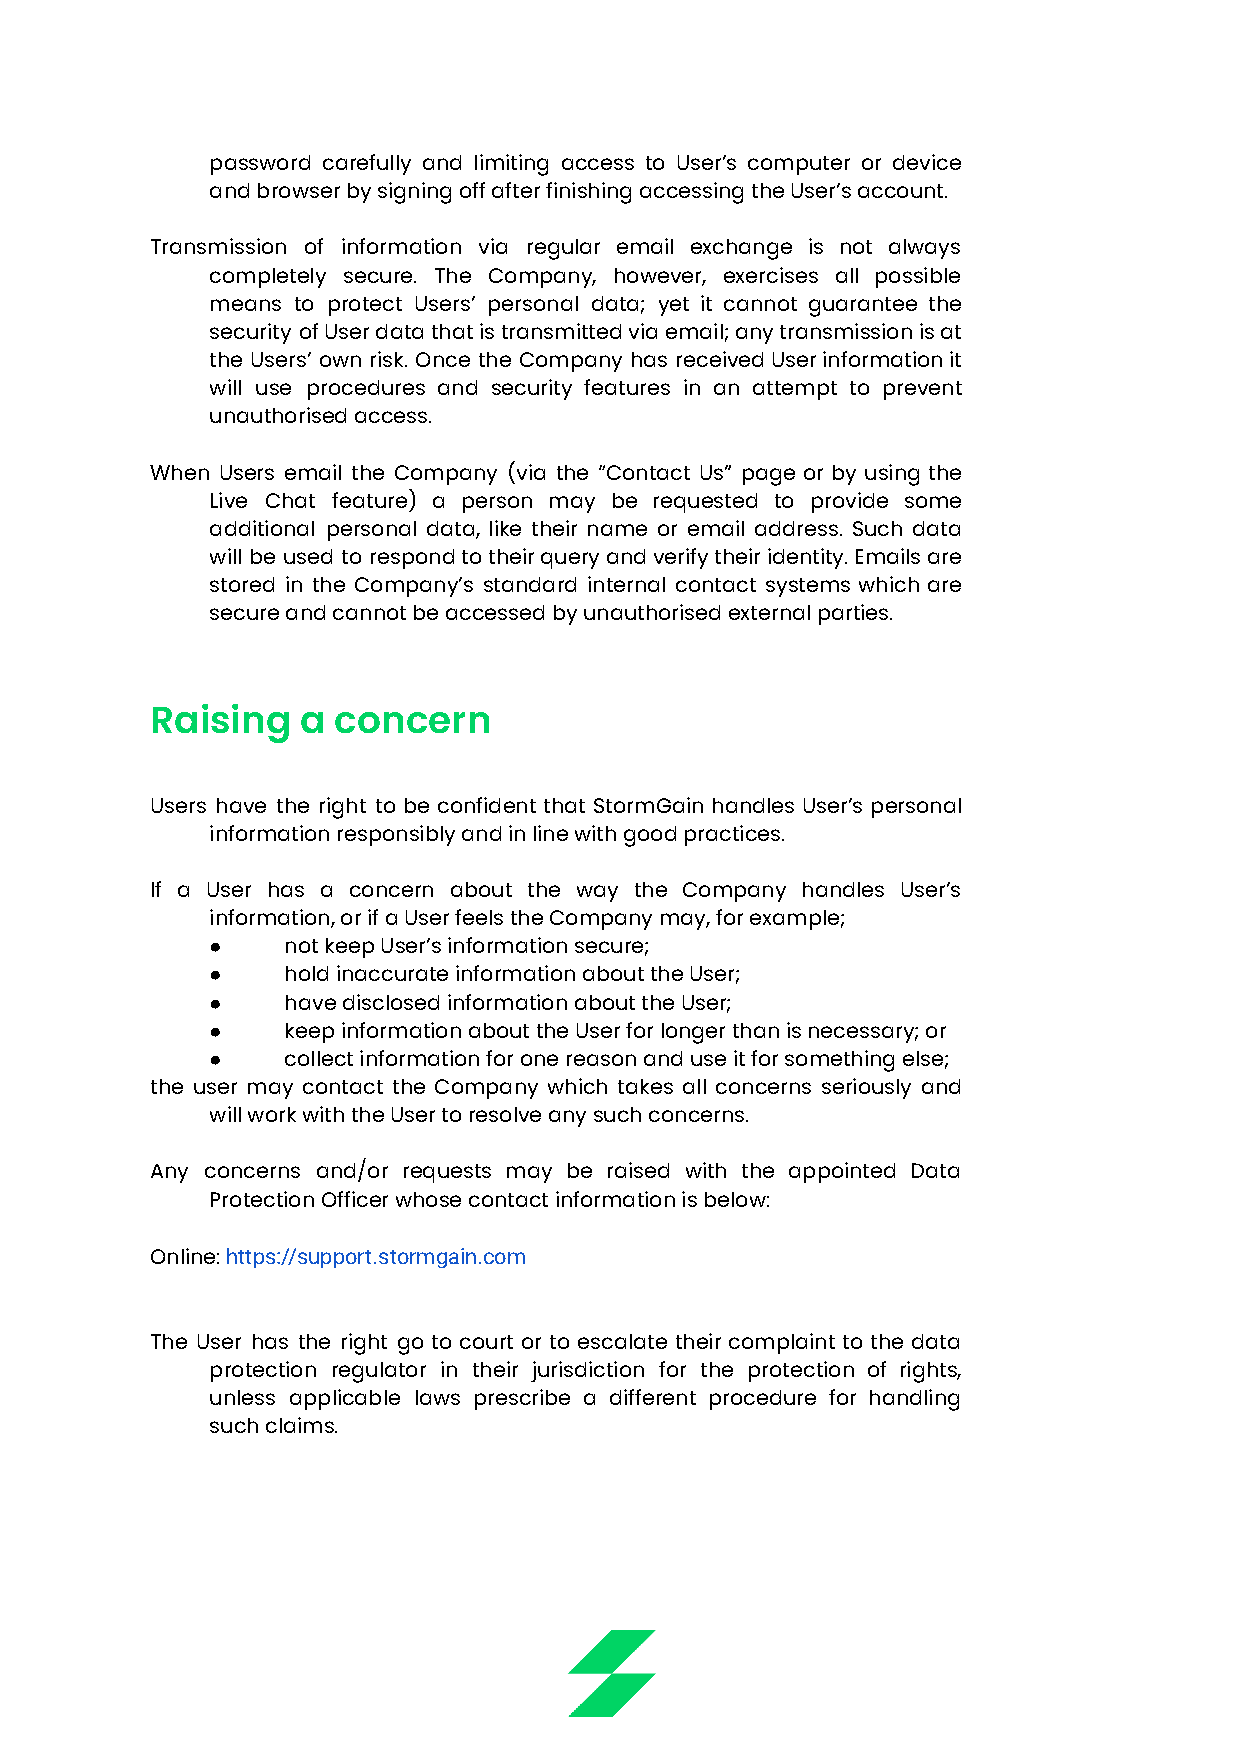
password carefully and limiting access to User’s computer or device
 and browser by signing off after finishing accessing the User’s account.
 Transmission of information via regular email exchange is not always
 completely secure. The Company, however, exercises all possible
 means to protect Users’ personal data; yet it cannot guarantee the
 security ofUserdatathatistransmittedviaemail;anytransmissionisat
 the Users’ own risk. Once the Company has receivedUserinformationit
 will use procedures and security features in an attempt to prevent
 unauthorised access.
 When Users email the Company (via the “Contact Us” page or by using the
 Live Chat feature) a person may be requested to provide some
 additional personal data, like their name or email address. Such data
 will be used to respondtotheirqueryandverifytheiridentity.Emailsare
 stored in the Company’s standard internal contact systems which are
 secure and cannot be accessed by unauthorised external parties.
 Raising   a concern
 Users have the right to be confident that StormGain handles User’s personal
 information responsibly and in line with good practices.
 If a User has a concern about the way the Company handles User’s
 information, or if a User feels the Company may, for example;
 ●    not keep User’s information secure;
 ●    hold inaccurate information about the User;
 ●    have disclosed information about the User;
 ●    keep information about the User for longer than is necessary; or
 ●    collect information for one reason and use it for something else;
 the user may contact the Company which takes all concerns seriously and
 will work with the User to resolve any such concerns.
 Any concerns and/or requests may be raised with the appointed Data
 Protection Officer whose contact information is below:
 Online:https://support.stormgain.com
 The User has the right go to court or to escalate their complaint to the data
 protection regulator in their jurisdiction for the protection of rights,
 unless applicable laws prescribe a different procedure for handling
 such claims.